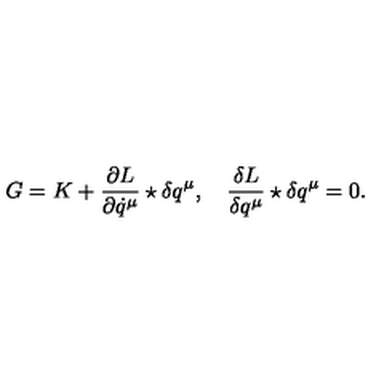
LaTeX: G = K + \frac { \partial L } { \partial \dot { q } ^ { \mu } } \star \delta q ^ { \mu } , \quad \frac { \delta L } { \delta q ^ { \mu } } \star \delta q ^ { \mu } = 0 .